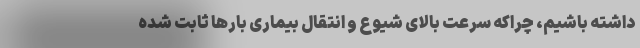
داشته باشیم، چراکه سرعت بالای شیوع و انتقال بیماری بارها ثابت شده